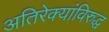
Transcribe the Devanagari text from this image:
अतिरेक्यांविरुद्ध